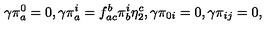
\gamma \pi _ { a } ^ { 0 } = 0 , \gamma \pi _ { a } ^ { i } = f _ { a c } ^ { b } \pi _ { b } ^ { i } \eta _ { 2 } ^ { c } , \gamma \pi _ { 0 i } = 0 , \gamma \pi _ { i j } = 0 ,